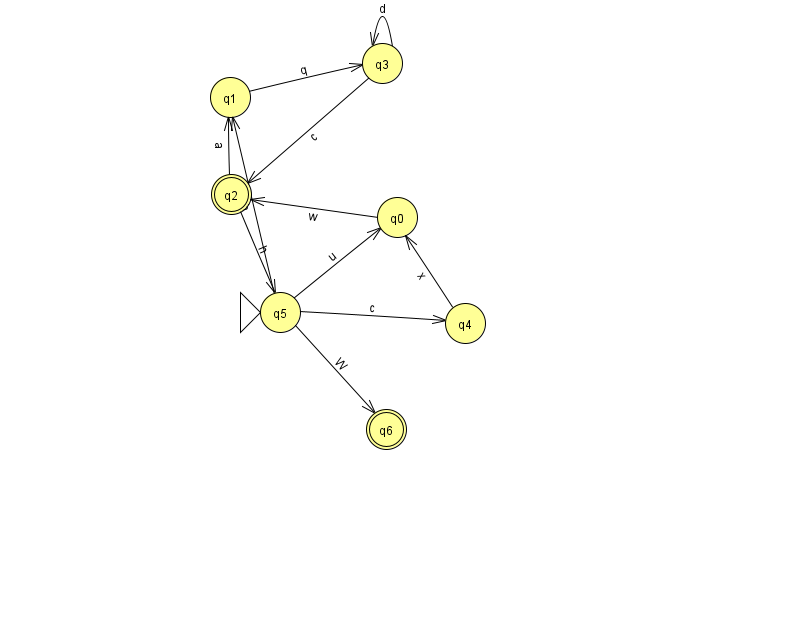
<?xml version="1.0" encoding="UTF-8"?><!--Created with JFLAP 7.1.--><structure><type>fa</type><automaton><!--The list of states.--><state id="0" name="q0"><x>397.0</x><y>204.0</y></state><state id="1" name="q1"><x>230.0</x><y>84.0</y></state><state id="2" name="q2"><x>231.0</x><y>181.0</y><final/></state><state id="3" name="q3"><x>382.0</x><y>50.0</y></state><state id="4" name="q4"><x>465.0</x><y>310.0</y></state><state id="5" name="q5"><x>280.0</x><y>299.0</y><initial/></state><state id="6" name="q6"><x>386.0</x><y>416.0</y><final/></state><!--The list of transitions.--><transition><from>5</from><to>0</to><read>u</read></transition><transition><from>5</from><to>4</to><read>c</read></transition><transition><from>1</from><to>3</to><read>q</read></transition><transition><from>2</from><to>5</to><read>h</read></transition><transition><from>3</from><to>3</to><read>d</read></transition><transition><from>5</from><to>1</to><read>h</read></transition><transition><from>5</from><to>6</to><read>W</read></transition><transition><from>2</from><to>1</to><read>a</read></transition><transition><from>3</from><to>2</to><read>c</read></transition><transition><from>0</from><to>2</to><read>w</read></transition><transition><from>4</from><to>0</to><read>x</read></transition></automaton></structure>